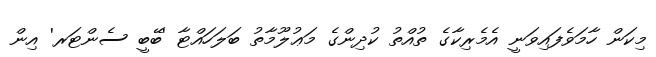
މިކަން ހާމަވެފައިވަނީ އެމެރިކާގެ ތުއްތު ކުދިންގެ މަޢުލޫމާތު ބަލަހައްޓާ 'ބޭބީ ސެންޓަރ' އިން